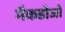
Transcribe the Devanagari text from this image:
मैकडोजो